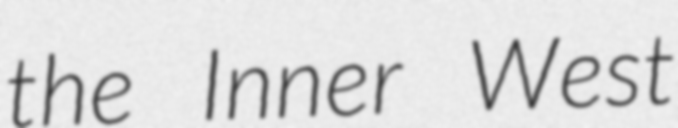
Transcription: the Inner West